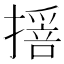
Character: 𢵾